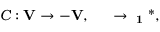
C : \bf { V } \to - \bf { V } , \quad \psi \to { \sigma } _ { 1 } { \psi } ^ { * } ,